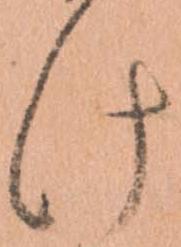
け